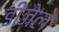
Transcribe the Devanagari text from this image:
डीजेल